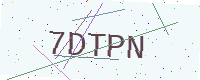
Text: 7DTPN